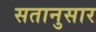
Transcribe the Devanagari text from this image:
सतानुसार